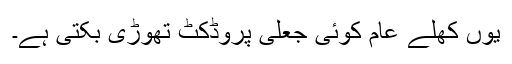
یوں کھلے عام کوئی جعلی پروڈکٹ تھوڑی بکتی ہے۔